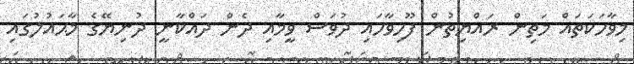
މިވާހަކަތައް މަތިން ރައްޔިތުން ފޫހިވާހައި ދުވަސް ވީމާއި ދެން ދައްކާނީ ދުނިޔޭގެ މާޙައުލުގައި